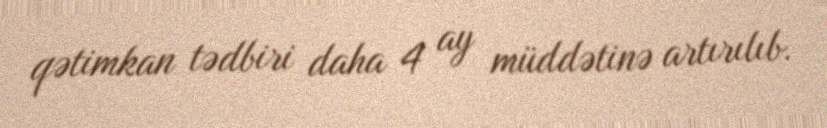
qətimkan tədbiri daha 4 ay müddətinə artırılıb.